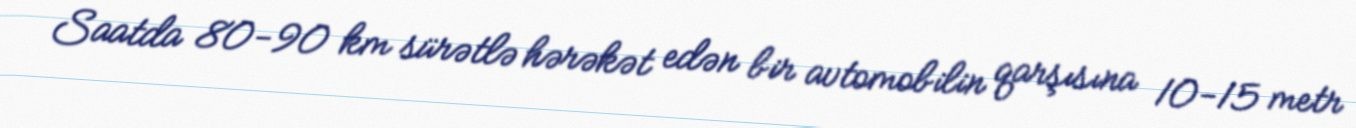
Saatda 80-90 km sürətlə hərəkət edən bir avtomobilin qarşısına 10-15 metr